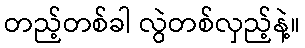
တည့်တစ်ခါ လွဲတစ်လှည့်နဲ့။